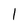
Character: 1